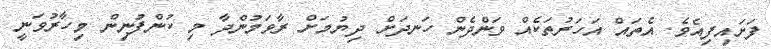
ފަށައިފިއެވެ. އެތައް އަހަރުތަކެއް ވަންދެން ހަނދަށް ދިޔުމަށް ރާވަމުންދާ މި ކުންފުނިން މިހާރުވަނީ